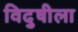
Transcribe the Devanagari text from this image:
विदुषीला